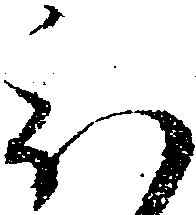
被